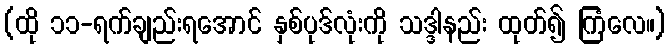
(ထို ၁၁-ရက်ချည်းရအောင် နှစ်ပုဒ်လုံးကို သဒ္ဒါနည်း ထုတ်၍ ကြံလေ။)